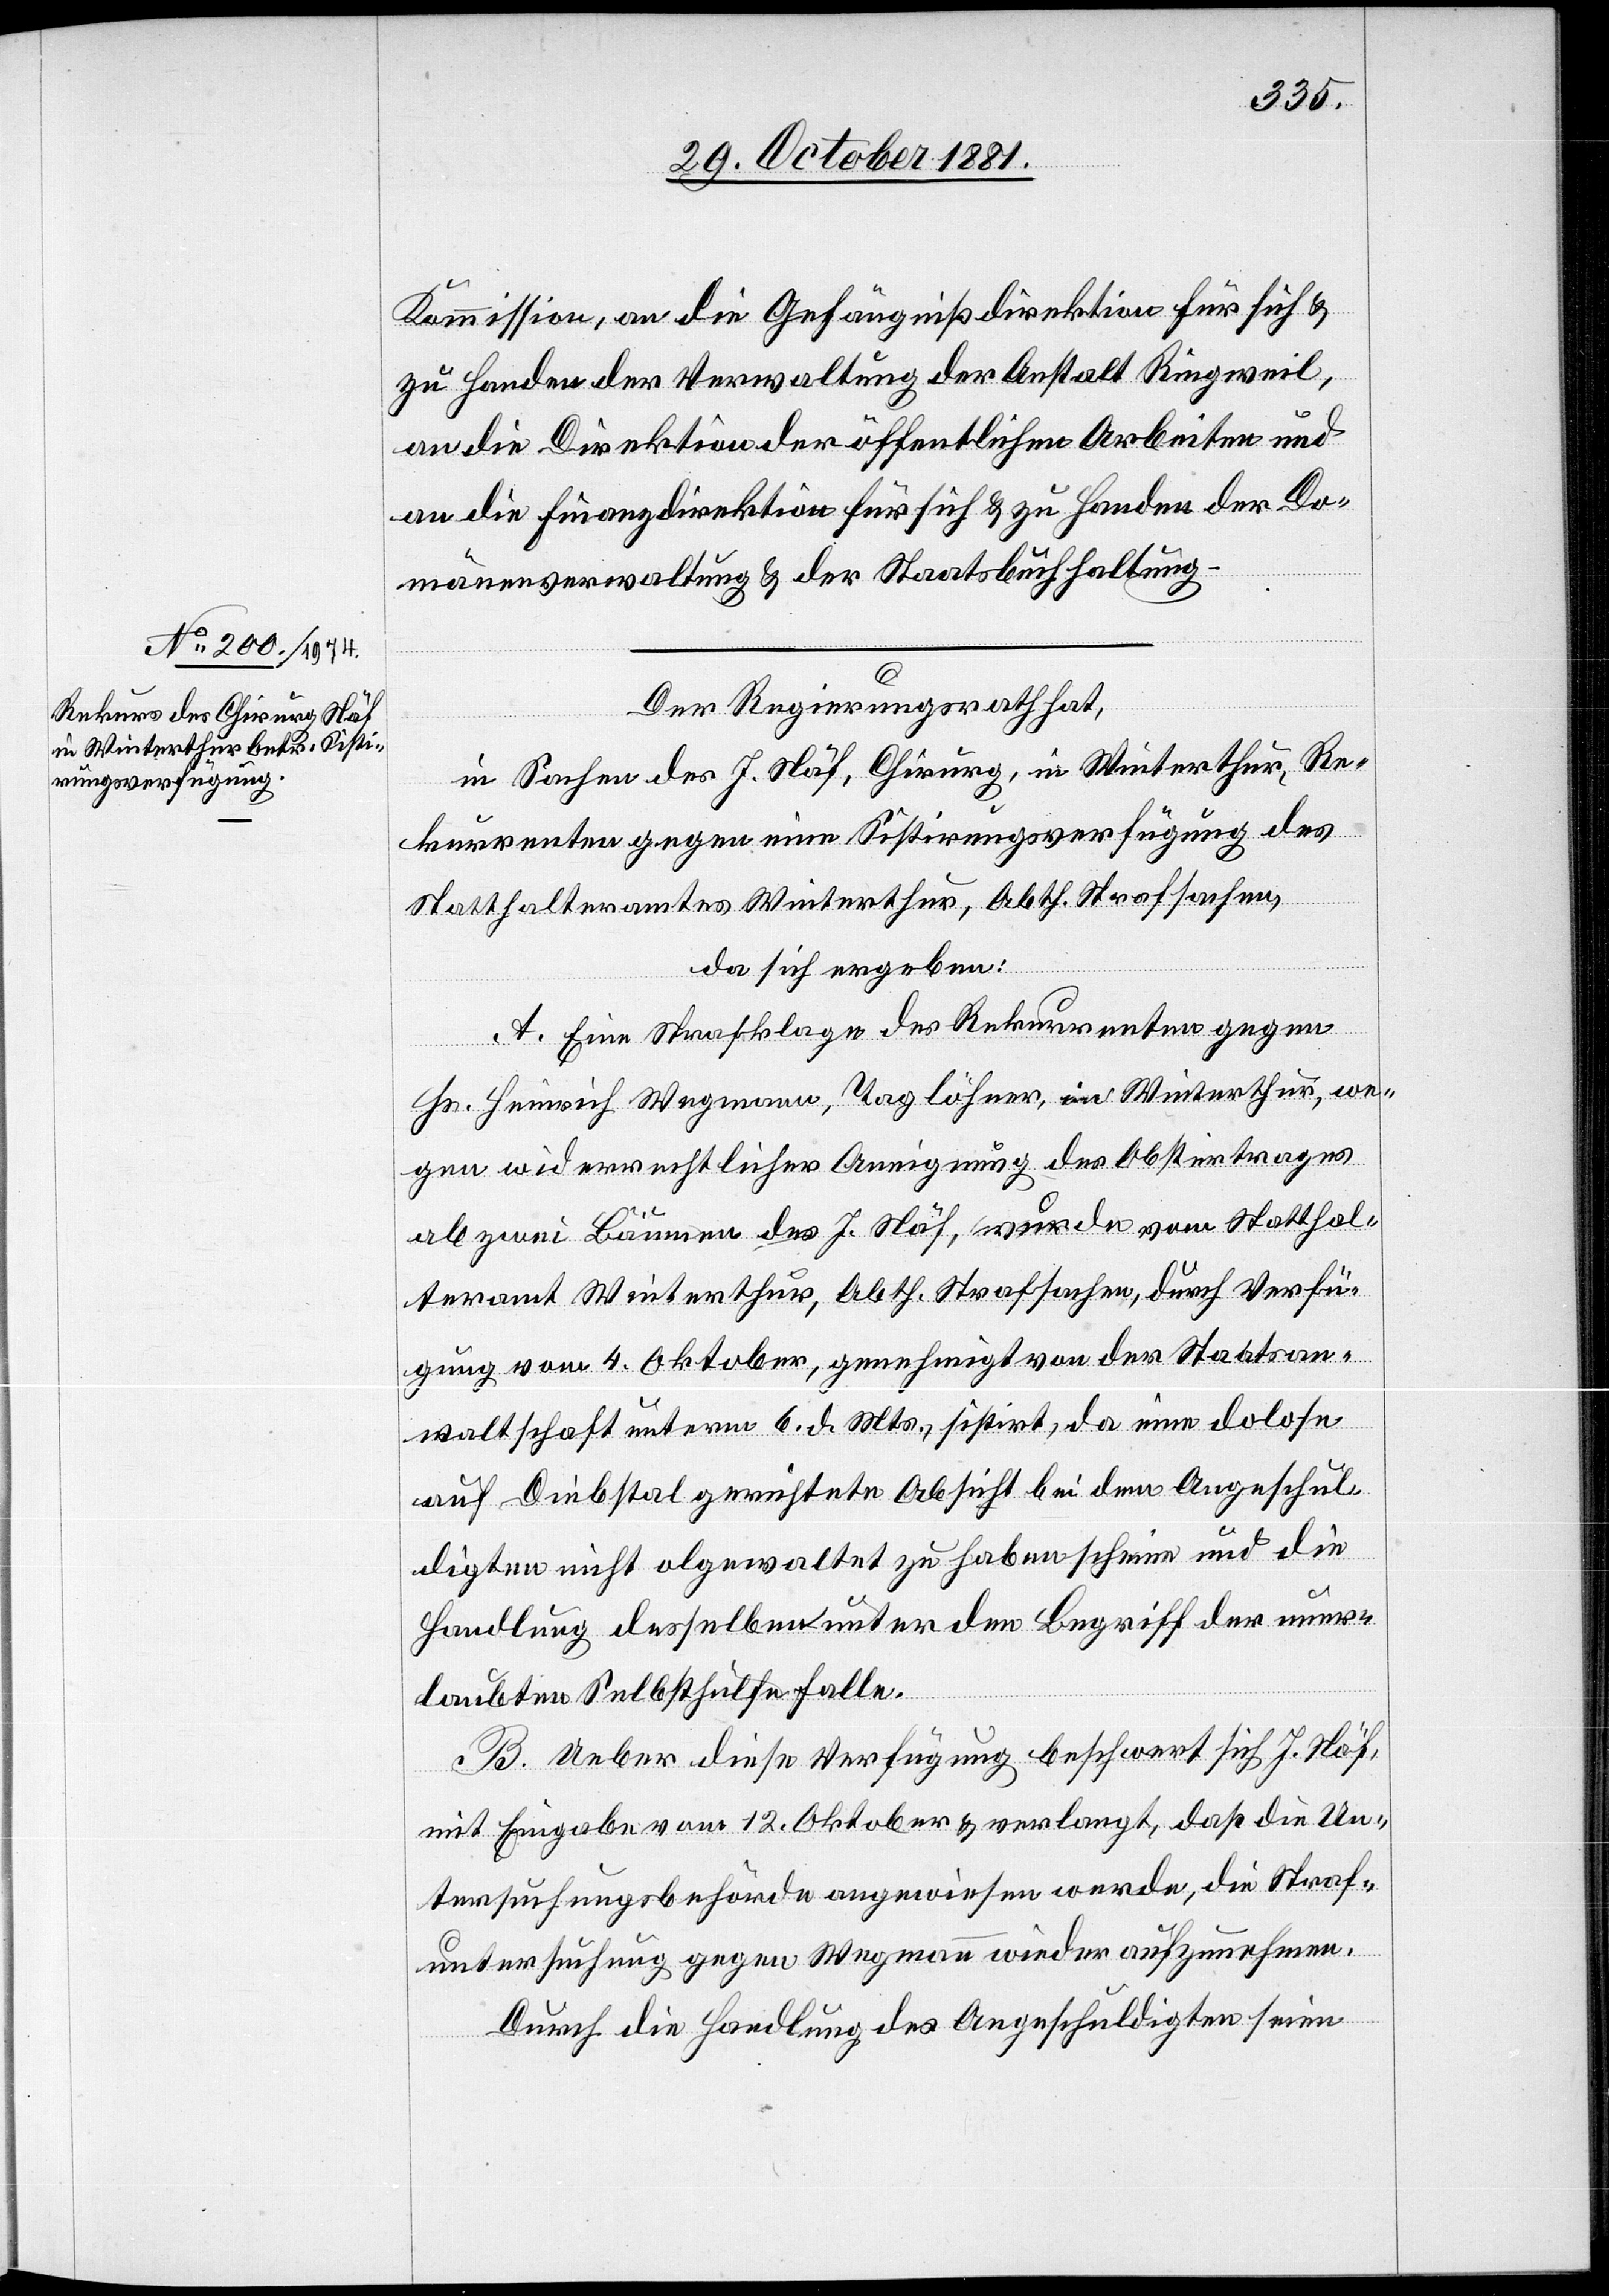
Kommission, an die Gefängnißdirektion für sich &
zu Handen der Verwaltung der Anstalt Ringweil,
an die Direktion der öffentlichen Arbeiten und
an die Finanzdirektion für sich & zu Handen der Do¬
mänenverwaltung & der Staatsbuchhaltung.
Der Regierungsrath hat,
in Sachen des J. Näf, Chirurg, in Winterthur, Re¬
kurrenten gegen eine Sistirungsverfügung des
Statthalteramtes Winterthur, Abth. Strafsachen,
da sich ergeben:
A. Eine Strafklage des Rekurrenten gegen
Hr. Heinrich Wegmann, Taglöhner, in Winterthur, we¬
gen widerrechtlicher Aneignung des Obstertrages
ab zwei Bäumen des J. Näf, wurde vom Statthal¬
teramt Winterthur, Abth. Strafsachen, durch Verfü¬
gung vom 4. Oktober, genehmigt von der Staatsan¬
waltschaft unterm 6. d. Mts., sistirt, da eine dolose
auf Diebstal gerichtete Absicht bei dem Angeschul¬
digten nicht olgewaltet [recte: obgewaltet] zu haben scheine und die
Handlung deshalben unter den Begriff der uner¬
laubten Selbsthülfe falle.
B. Ueber diese Verfügung beschwert sich J. Näf,
mit Eingabe vom 12. Oktober & verlangt, daß die Un¬
tersuchungsbehörde angewiesen werde, die Straf¬
untersuchung gegen Wegmann wieder aufzunehmen.
Durch die Handlung des Angeschuldigten seien